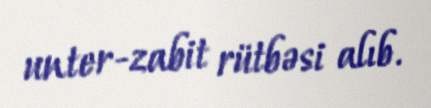
unter-zabit rütbəsi alıb.